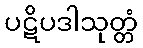
ပဋိပဒါသုတ္တံ